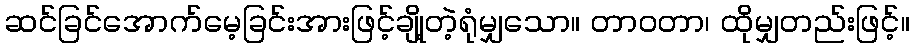
ဆင်ခြင်အောက်မေ့ခြင်းအားဖြင့်ချို့တဲ့ရုံမျှသော။ တာဝတာ၊ ထိုမျှတည်းဖြင့်။